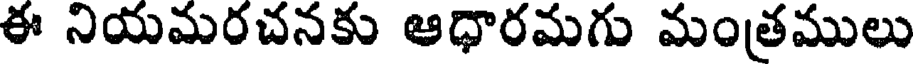
ఈ నియమరచనకు ఆధారమగు మంత్రములు